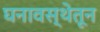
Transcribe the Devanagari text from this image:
घनावस्थेतून